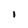
Character: l